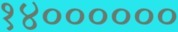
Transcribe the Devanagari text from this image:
१४००००००